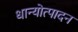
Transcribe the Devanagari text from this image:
धान्योत्पादन